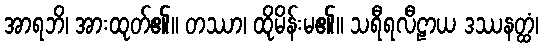
အာရဘိ၊ အားထုတ်၏။ တဿာ၊ ထိုမိန်းမ၏။ သရီရလီဠာယ ဒဿနတ္ထံ၊